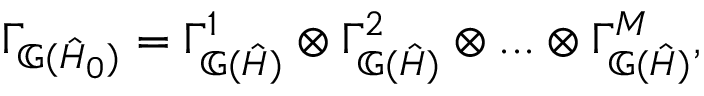
\Gamma _ { \mathbb { G } ( \hat { H } _ { 0 } ) } = \Gamma _ { \mathbb { G } ( \hat { H } ) } ^ { 1 } \otimes \Gamma _ { \mathbb { G } ( \hat { H } ) } ^ { 2 } \otimes . . . \otimes \Gamma _ { \mathbb { G } ( \hat { H } ) } ^ { M } ,